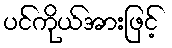
ပင်ကိုယ်အားဖြင့်